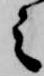
之